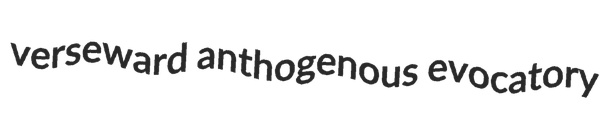
verseward anthogenous evocatory